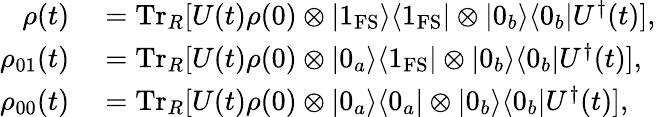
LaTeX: \begin{array}{rl}{\rho(t)}&{{}=\mathrm{Tr}_{R}[U(t)\rho(0)\otimes|1_{\mathrm{FS}}\rangle\langle 1_{\mathrm{FS}}|\otimes|0_{b}\rangle\langle 0_{b}|U^{\dagger}(t)],}\\ {\rho_{01}(t)}&{{}=\mathrm{Tr}_{R}[U(t)\rho(0)\otimes|0_{a}\rangle\langle 1_{\mathrm{FS}}|\otimes|0_{b}\rangle\langle 0_{b}|U^{\dagger}(t)],}\\ {\rho_{00}(t)}&{{}=\mathrm{Tr}_{R}[U(t)\rho(0)\otimes|0_{a}\rangle\langle 0_{a}|\otimes|0_{b}\rangle\langle 0_{b}|U^{\dagger}(t)],}\end{array}